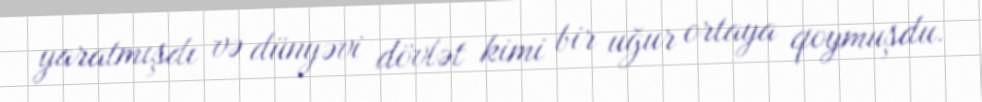
yaratmışdı və dünyəvi dövlət kimi bir uğur ortaya qoymuşdu.